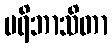
ပရိဘာသိတာ